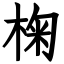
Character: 椈